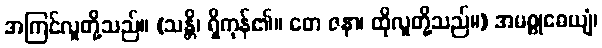
အကြင်လူတို့သည်။ (သန္တိ၊ ရှိကုန်၏။ တေ ဇနာ၊ ထိုလူတို့သည်။) အမစ္စုဓေယျံ၊